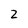
Character: 2